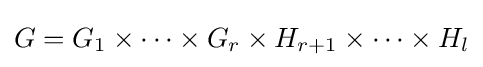
G=G_{1}\times \cdots \times G_{r}\times H_{r+1}\times \cdots \times H_{l}